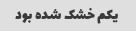
یکم خشک شده بود